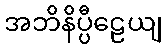
အဘိနိပ္ပီဠေယျ